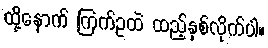
ထို့နောက် ကြက်ဥထဲ ထည့်နှစ်လိုက်ပါ။